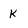
Character: k